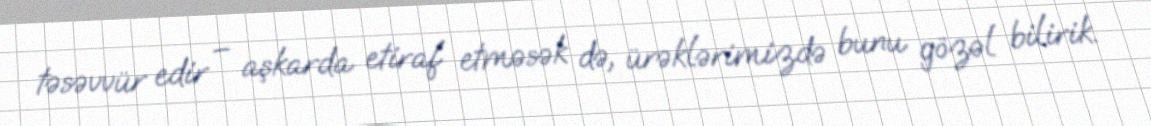
təsəvvür edir – aşkarda etiraf etməsək də, ürəklərimizdə bunu gözəl bilirik.